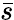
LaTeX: \bar{s}